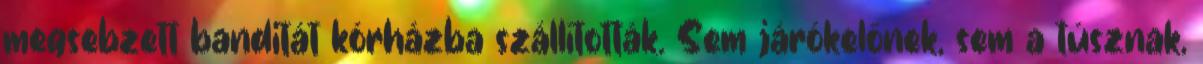
megsebzett banditát kórházba szállították. Sem járókelőnek, sem a túsznak,